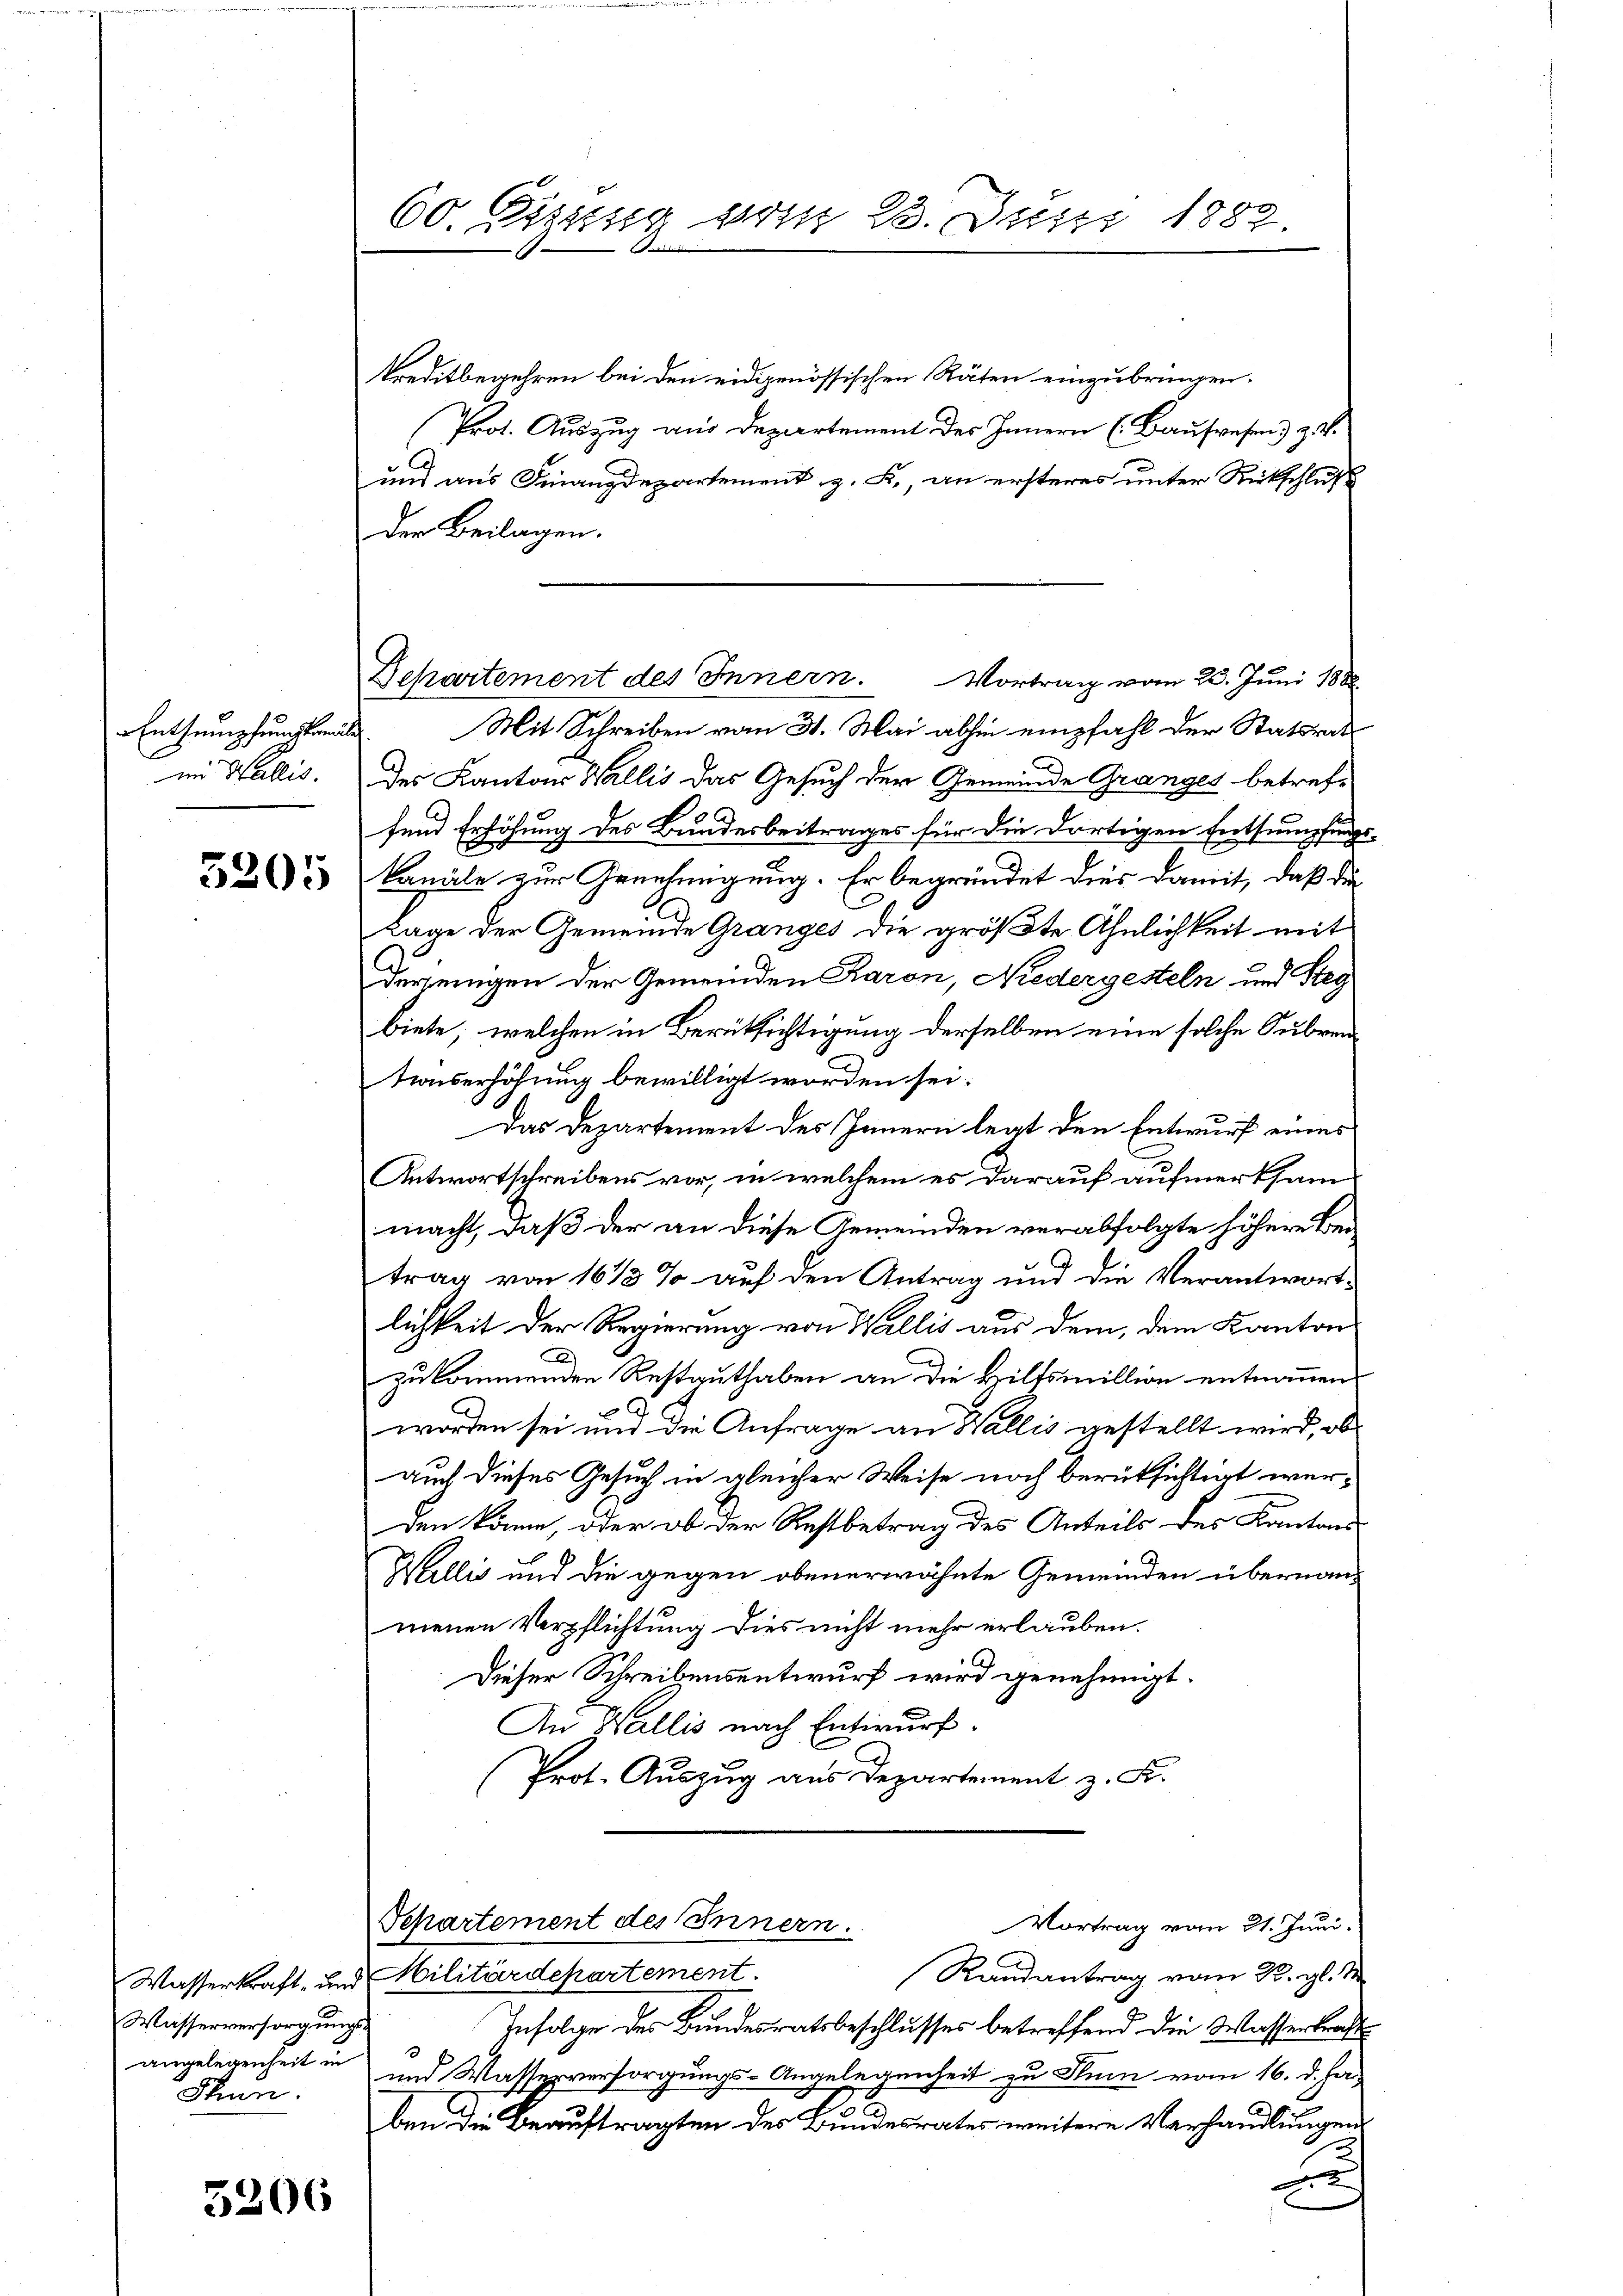
Entsumpfungskanäle

5205

Wasserversorgungsangelegenheit in
Shun.

5206

60. Sigung vom 23. Juni 1883.

Departement des Innern. Vortrag vom 23. Juni 1888.

kreditbegehren bei den eidgenössischen Räten einzubringen.
Prot. Auszug aus Departement des Innern (Bauwesen) z. B.
und aus Finanzdepartement z. B., an ersteres unter Rückschluß
Der Beilagen.
Mit Schreiben vom 31. Mai abhin empfahl der Statsrat
F
im Wallis. Des Kantons Wallis das Gesuch der Gemeinde Granges betreffend Erhöhung des Bundesbeitrages für die dortigen Entsumpfungs-
kanäle zur Genehmigung. Er begründet dies damit, daß die
Lage der Gemeinde Granges die größte Ähnlichkeit mit
Derjenigen der Gemeinden Raron, Niedergesteln und Steg
biete, welchen in Berüksichtigung derselben eine solche Subven¬
Konserhöhung bewilligt worden sei.
Das Departement des Innern legt den Entwurf eines
Antwortschreibens vor, in welchem es darauf aufmerksam
macht, daß der an diese Gemeinden verabfolgte höhere Beitrag von 16 1/2 % auf den Antrag und die Verantwortlichkeit der Regierung von Wallis aus dem, dem Kanton
zukommenden Restauthaben an die Hilfsmillion entnommen
worden sei und die Anfrage an Wallis gestellt wird, ob
auch dieses Gesuch in gleicher Weise noch berüksichtigt were
den könne, oder ob der Restbetrag des Anteils des Kantons
Wallis und die gegen obenerwähnte Gemeinden übernannmenen Verpflichtung dies nicht mehr erlauben.
Dieser Schreibensentwurf wird genehmigt.
An Wallis nach Entwurf.
Prot. Auszug aus Departement z. K.

Randantrag vom K. gl. S
Wasserkraft, und Militärdepartement.
Infolge des Bundesratsbeschlusses betreffend die Wasserkraft
und Wasserversorgungs-Angelegenheit zu Stum vom 16. d. Ja-
ben die Beauftragten des Bundesrates weitere Verhandlungen
A

Departement des Innern.
Vortrag vom 21. Juni.